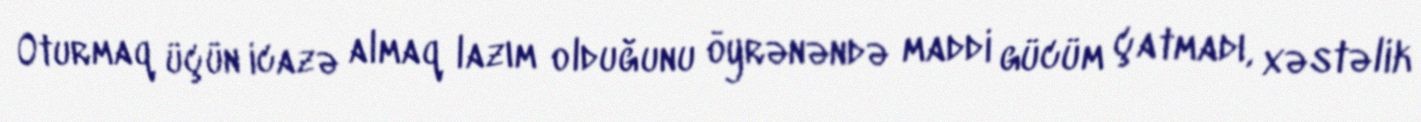
Oturmaq üçün icazə almaq lazım olduğunu öyrənəndə maddi gücüm çatmadı, xəstəlik